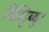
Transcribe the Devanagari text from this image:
डिस्ट्रिब्युट